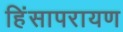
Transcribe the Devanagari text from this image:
हिंसापरायण